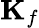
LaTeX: \mathbf{K}_{f}